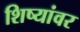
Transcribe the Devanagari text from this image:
शिष्यांवर